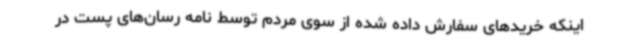
اینکه خریدهای سفارش داده شده از سوی مردم توسط نامه رسان‌های پست در